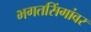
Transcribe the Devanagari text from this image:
भगतसिंगांवर